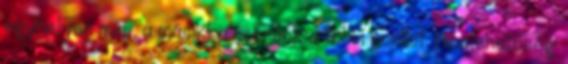
egyhelyen mér, a másikkal mérünk a többi pontot. Hibalehetőség: